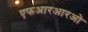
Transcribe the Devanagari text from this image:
एफआरआरओ